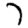
Digit: 7